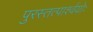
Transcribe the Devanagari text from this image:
पुरस्तत्पार्श्वयोः